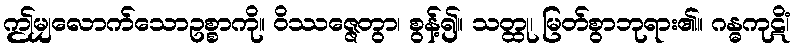
ဤမျှလောက်သောဥစ္စာကို။ ဝိဿဇ္ဇေတွာ၊ စွန့်၍။ သတ္ထု၊ မြတ်စွာဘုရား၏။ ဂန္ဓကုဋိံ၊